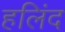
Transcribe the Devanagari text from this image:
हलिंद